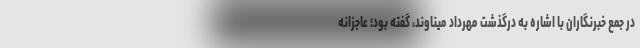
در جمع خبرنگاران با اشاره به درگذشت مهرداد میناوند، گفته بود؛ عاجزانه